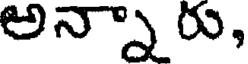
అన్నారు,